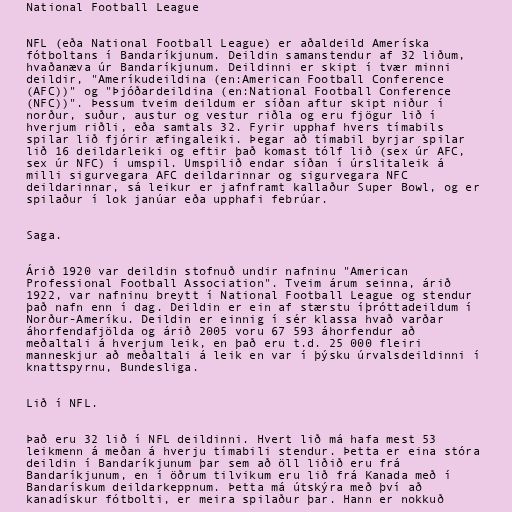
National Football League

NFL (eða National Football League) er aðaldeild Ameríska
fótboltans í Bandaríkjunum. Deildin samanstendur af 32 liðum,
hvaðanæva úr Bandaríkjunum. Deildinni er skipt í tvær minni
deildir, "Ameríkudeildina (en:American Football Conference
(AFC))" og "Þjóðardeildina (en:National Football Conference
(NFC))". Þessum tveim deildum er síðan aftur skipt niður í
norður, suður, austur og vestur riðla og eru fjögur lið í
hverjum riðli, eða samtals 32. Fyrir upphaf hvers tímabils
spilar lið fjórir æfingaleiki. Þegar að tímabil byrjar spilar
lið 16 deildarleiki og eftir það komast tólf lið (sex úr AFC,
sex úr NFC) í umspil. Umspilið endar síðan í úrslitaleik á
milli sigurvegara AFC deildarinnar og sigurvegara NFC
deildarinnar, sá leikur er jafnframt kallaður Super Bowl, og er
spilaður í lok janúar eða upphafi febrúar.

Saga.

Árið 1920 var deildin stofnuð undir nafninu "American
Professional Football Association". Tveim árum seinna, árið
1922, var nafninu breytt í National Football League og stendur
það nafn enn í dag. Deildin er ein af stærstu íþróttadeildum í
Norður-Ameríku. Deildin er einnig í sér klassa hvað varðar
áhorfendafjölda og árið 2005 voru 67 593 áhorfendur að
meðaltali á hverjum leik, en það eru t.d. 25 000 fleiri
manneskjur að meðaltali á leik en var í þýsku úrvalsdeildinni í
knattspyrnu, Bundesliga.

Lið í NFL.

Það eru 32 lið í NFL deildinni. Hvert lið má hafa mest 53
leikmenn á meðan á hverju tímabili stendur. Þetta er eina stóra
deildin í Bandaríkjunum þar sem að öll liðið eru frá
Bandaríkjunum, en í öðrum tilvikum eru lið frá Kanada með í
Bandarískum deildarkeppnum. Þetta má útskýra með því að
kanadískur fótbolti, er meira spilaður þar. Hann er nokkuð